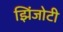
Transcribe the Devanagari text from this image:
झिंजोटी